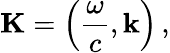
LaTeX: \mathbf{K}=\left({\frac{\omega}{c}},\mathbf{k}\right)\, ,